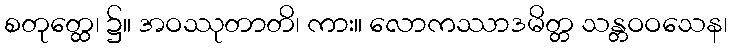
စတုတ္ထေ၊ ၌။ အဝဿုတာတိ၊ ကား။ လောကဿာဒမိတ္တ သန္တဝဝသေန၊